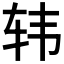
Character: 𲅀